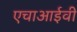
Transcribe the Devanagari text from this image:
एचाआईवी